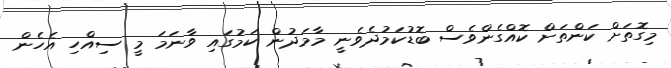
މިގޮތަށް ކަންތަށް ކޮއްގެންވެސް ބޮޑުކަމުދެވެނީ މާމަދުން ކަމުގައި ވާނަމަ މީ ސިއްހި އެހެން